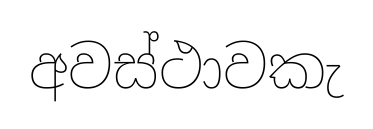
අවස්ථාවකැ